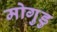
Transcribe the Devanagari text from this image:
मोगुडु